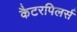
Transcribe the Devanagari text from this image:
कैटरपिलर्स